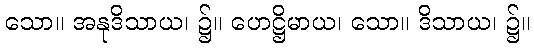
သော။ အနုဒိသာယ၊ ၌။ ဟေဋ္ဌိမာယ၊ သော။ ဒိသာယ၊ ၌။